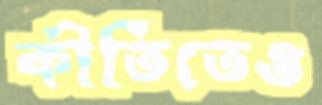
কীর্তিতেও